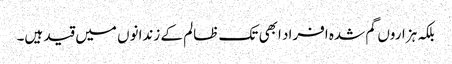
بلکہ ہزاروں گم شدہ افراد ابھی تک ظالم کے زندانوں میں قید ہیں۔